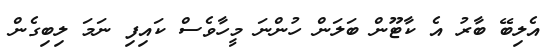
އެލިބޭ ބާރު އެ ކާޓޫން ބަލަން ހުންނަ މީހާވެސް ކައިފި ނަމަ ލިބިގެން